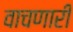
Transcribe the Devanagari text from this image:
वाचणारी